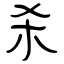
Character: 杀